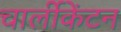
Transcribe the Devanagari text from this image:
चार्लीकेंटन